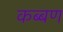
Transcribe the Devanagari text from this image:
कब्बण